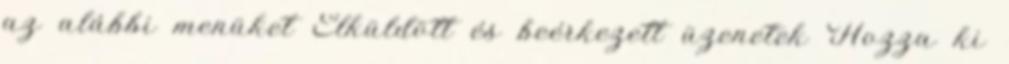
az alábbi menüket Elküldött és beérkezett üzenetek Hozza ki